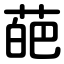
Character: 葩